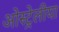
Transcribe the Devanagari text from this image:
ओस्ट्रेलीया